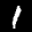
Label: 1